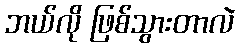
ဘယ်လို ဖြစ်သွားတာလဲ